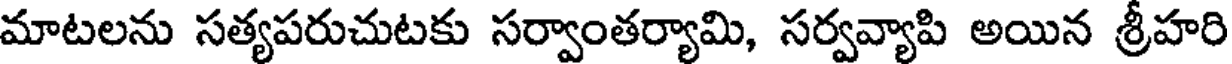
మాటలను సత్యపరుచుటకు సర్వాంతర్యామి, సర్వవ్యాపి అయిన శ్రీహరి